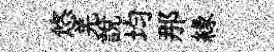
悠羌説均那縁